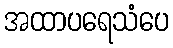
အထာပရေသံပေ